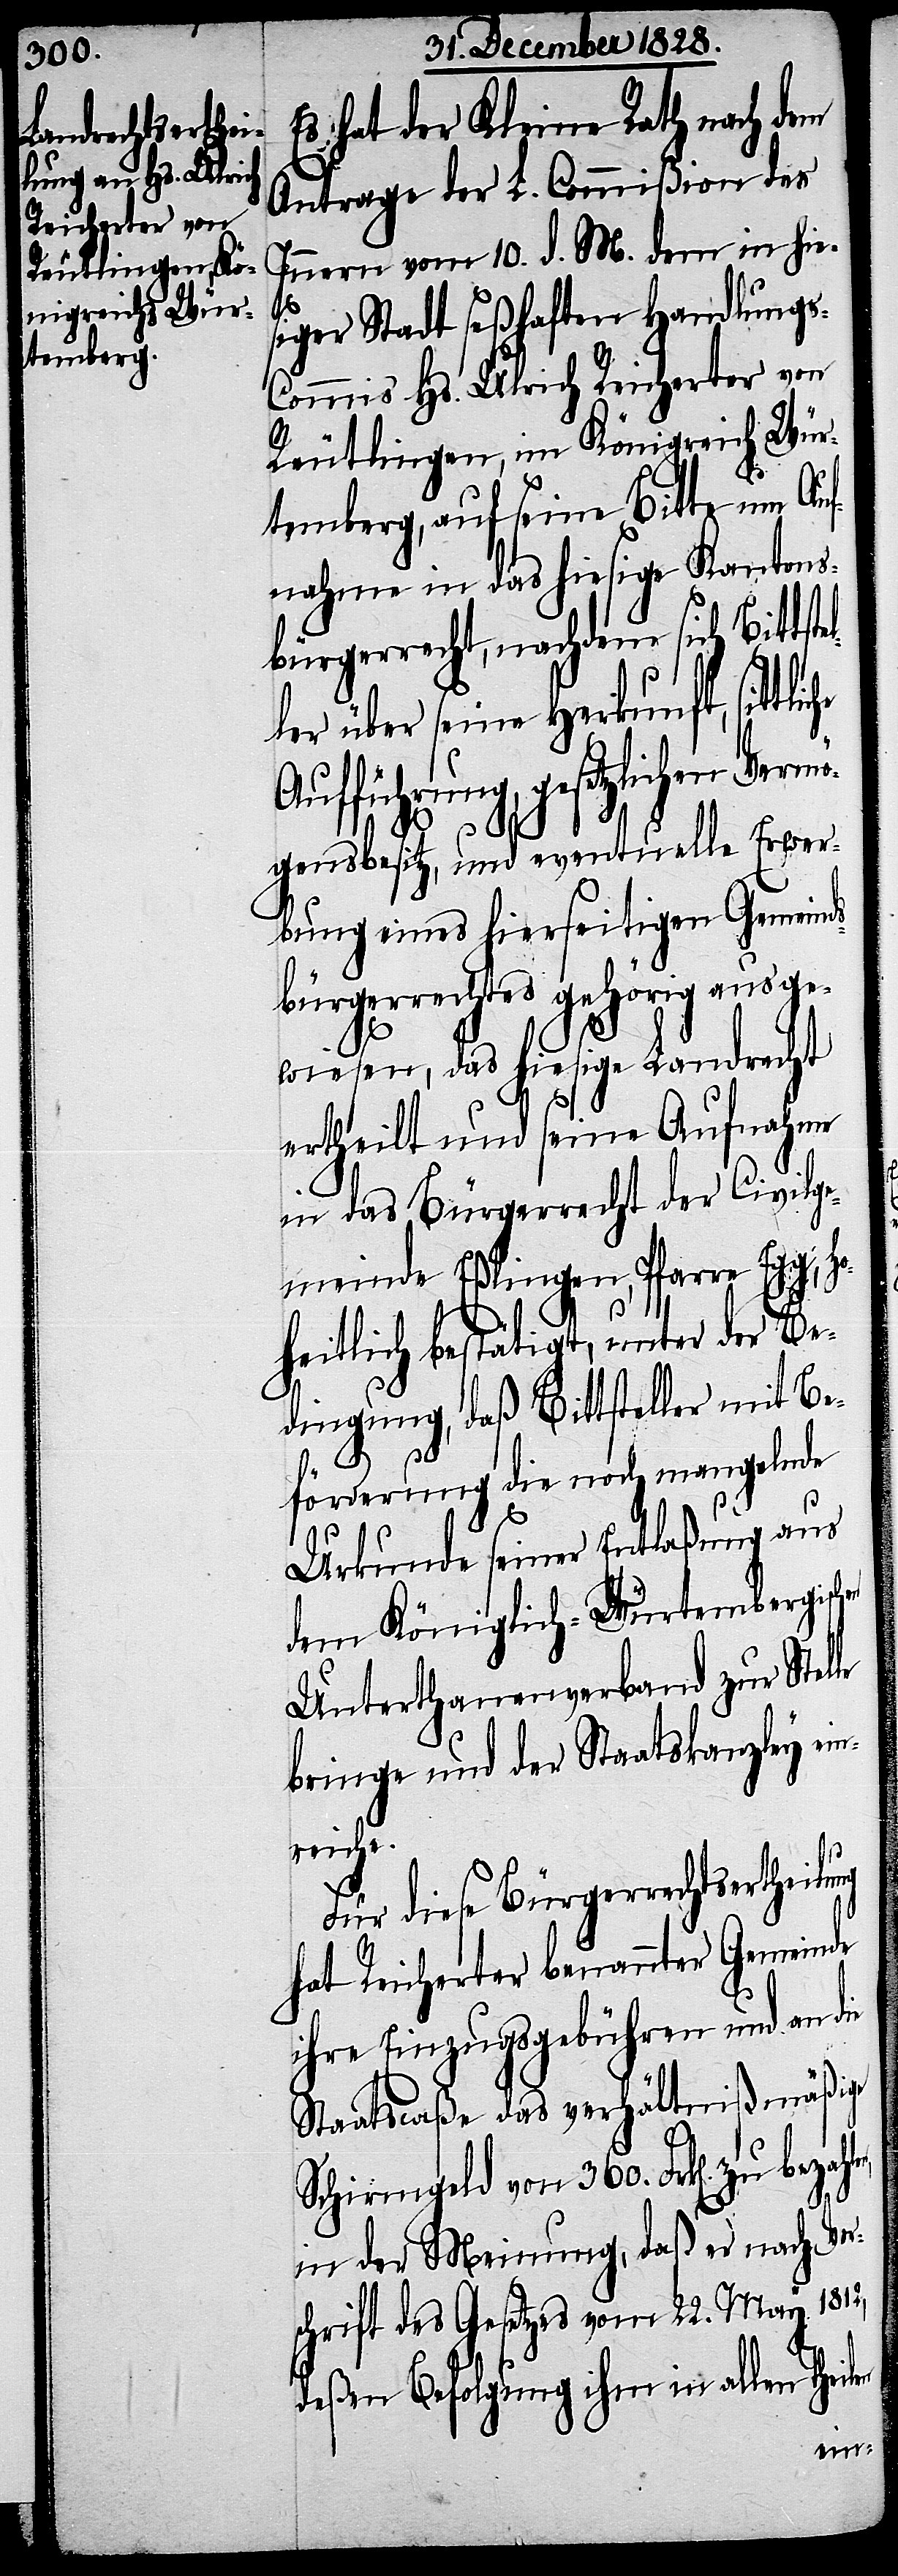
Es hat der Kleine Rath nach dem
Antrage der L. Commißion des
Innern vom 10. d. M. dem in hie¬
le
siger Stadt seßhaften Handlungs-C¬
ommis Hs. Ulrich Reicherter von
Reutlingen, im Königreich Wür¬
temberg, auf seine Bitte um Auf¬
nahme in das hiesige Kantons¬
bürgerrecht, nachdem sich Bittste¬
ler über seine Herkunft, sittli¬
Aufführung, gesetzlichen
gensbesitz, und eventuelle Erwer¬
bung eines hierseitigen Gemeind¬
sbürgerrechtes gehörig ausge¬
wiesen, das hiesige Landrecht
ertheilt und seine Aufnahme
in das Bürgerrecht der Civilge¬
meinde Eßlingen, Pfarre Egg, h¬
oheitlich bestätigt, unter der Be¬
dingung, daß Bittsteller mit Be¬
förderung die noch mangelnde
Urkunde seiner Entlaßung aus
dem Königlich-Würtembergisc¬
Unterthanenverband zur Stel¬
bringe und der Staatskanzley
ung
Für diese Bürgerrechtsertheil¬
hat Reicherter benannter Gemeinde
ihre Einzugsgebühren und an die
Staatscaße das verhältnißmäßige
Schirmgeld von 360. Frk[en]. zu
in der Meinung, daß er nach Vor¬
schrift des Gesetzes vom 22. May 1812,
deßen Befolgung ihm in allen Th¬
eilen